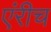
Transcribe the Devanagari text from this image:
एंरीच